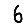
Digit: 6